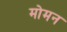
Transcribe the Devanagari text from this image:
मोमन